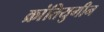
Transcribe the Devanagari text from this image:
क्रांतियुगीन